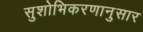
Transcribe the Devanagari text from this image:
सुशोभिकरणानुसार